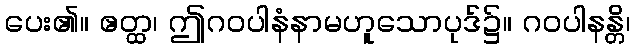
ပေး၏။ ဧတ္ထ၊ ဤဂဝပါနံနာမဟူသောပုဒ်၌။ ဂဝပါနန္တိ၊